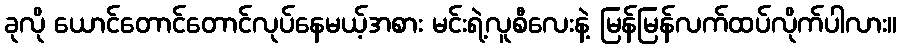
ခုလို ယောင်တောင်တောင်လုပ်နေမယ့်အစား မင်းရဲ့လူစီလေးနဲ့ မြန်မြန်လက်ထပ်လိုက်ပါလား။